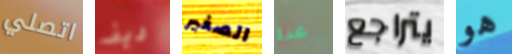
اتصلي ديف الصغير عدا يتراجع هو